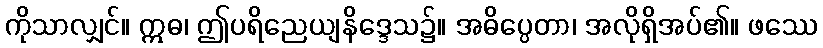
ကိုသာလျှင်။ ဣဓ၊ ဤပရိညေယျနိဒ္ဒေသ၌။ အဓိပ္ပေတာ၊ အလိုရှိအပ်၏။ ဖဿေ